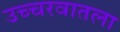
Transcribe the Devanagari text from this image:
उच्चरवातला